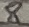
Text: 8